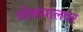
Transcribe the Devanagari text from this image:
लोकपालवर